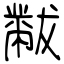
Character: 黻